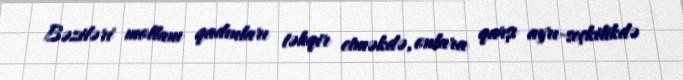
Bəziləri mollanı qadınları təhqir etməkdə, onlara qarşı ayrı-seçkilikdə